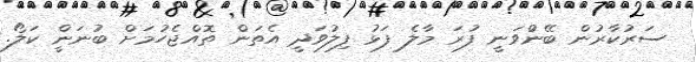
ސަރުކާރުން ބޭނުްވަނީ ފުރަ މާލެ ފަޅު ފިލުވަދީ އެތަން ތޮއްޖެހުމަށް ބުނަންީ ކަލޯ.